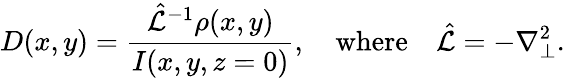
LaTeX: D(x,y)=\frac{\hat{\mathcal{L}}^{-1}\rho(x,y)}{I(x,y,z=0)},\quad\textrm{where}\quad\hat{\mathcal{L}}=-\nabla_{\perp}^{2}.